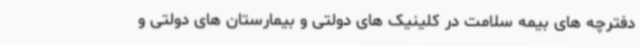
دفترچه های بیمه سلامت در کلینیک های دولتی و بیمارستان های دولتی و